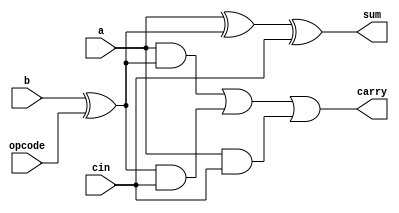
module one_bit_addr(a, b, cin, opcode, sum, carry);

    input a, b, cin, opcode;
    output sum, carry;
    wire sum;
    wire carry;

    assign sum = a^(b^opcode)^cin; 
    assign carry = ((a&(b^opcode)) | ((b^opcode)&cin) | (a&cin));

endmodule